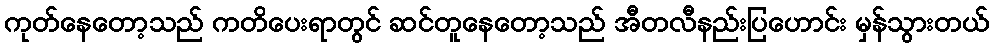
ကုတ်နေတော့သည် ကတိပေးရာတွင် ဆင်တူနေတော့သည် အီတလီနည်းပြဟောင်း မှန်သွားတယ်